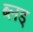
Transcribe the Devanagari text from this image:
ब्लड्